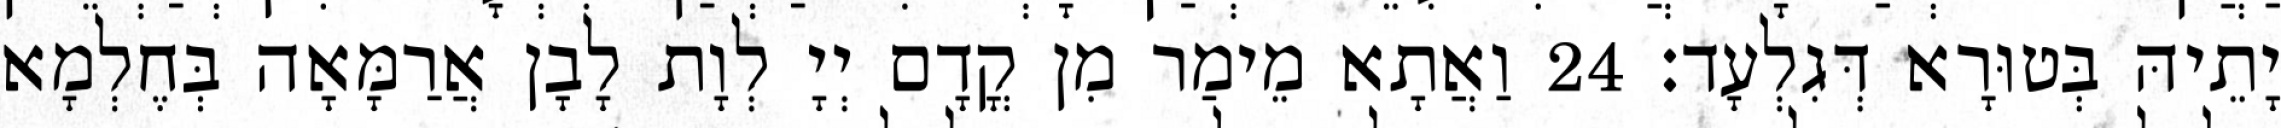
יָתֵיהּ בְּטוּרָא דְּגִלְעָד׃ 24 וַאֲתָא מֵימַר מִן קֳדָם יְיָ לְוָת לָבָן אֲרַמָּאָה בְּחֶלְמָא